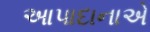
આપાદાનાએ